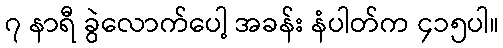
၇ နာရီ ခွဲလောက်ပေါ့ အခန်း နံပါတ်က ၄၁၅ပါ။